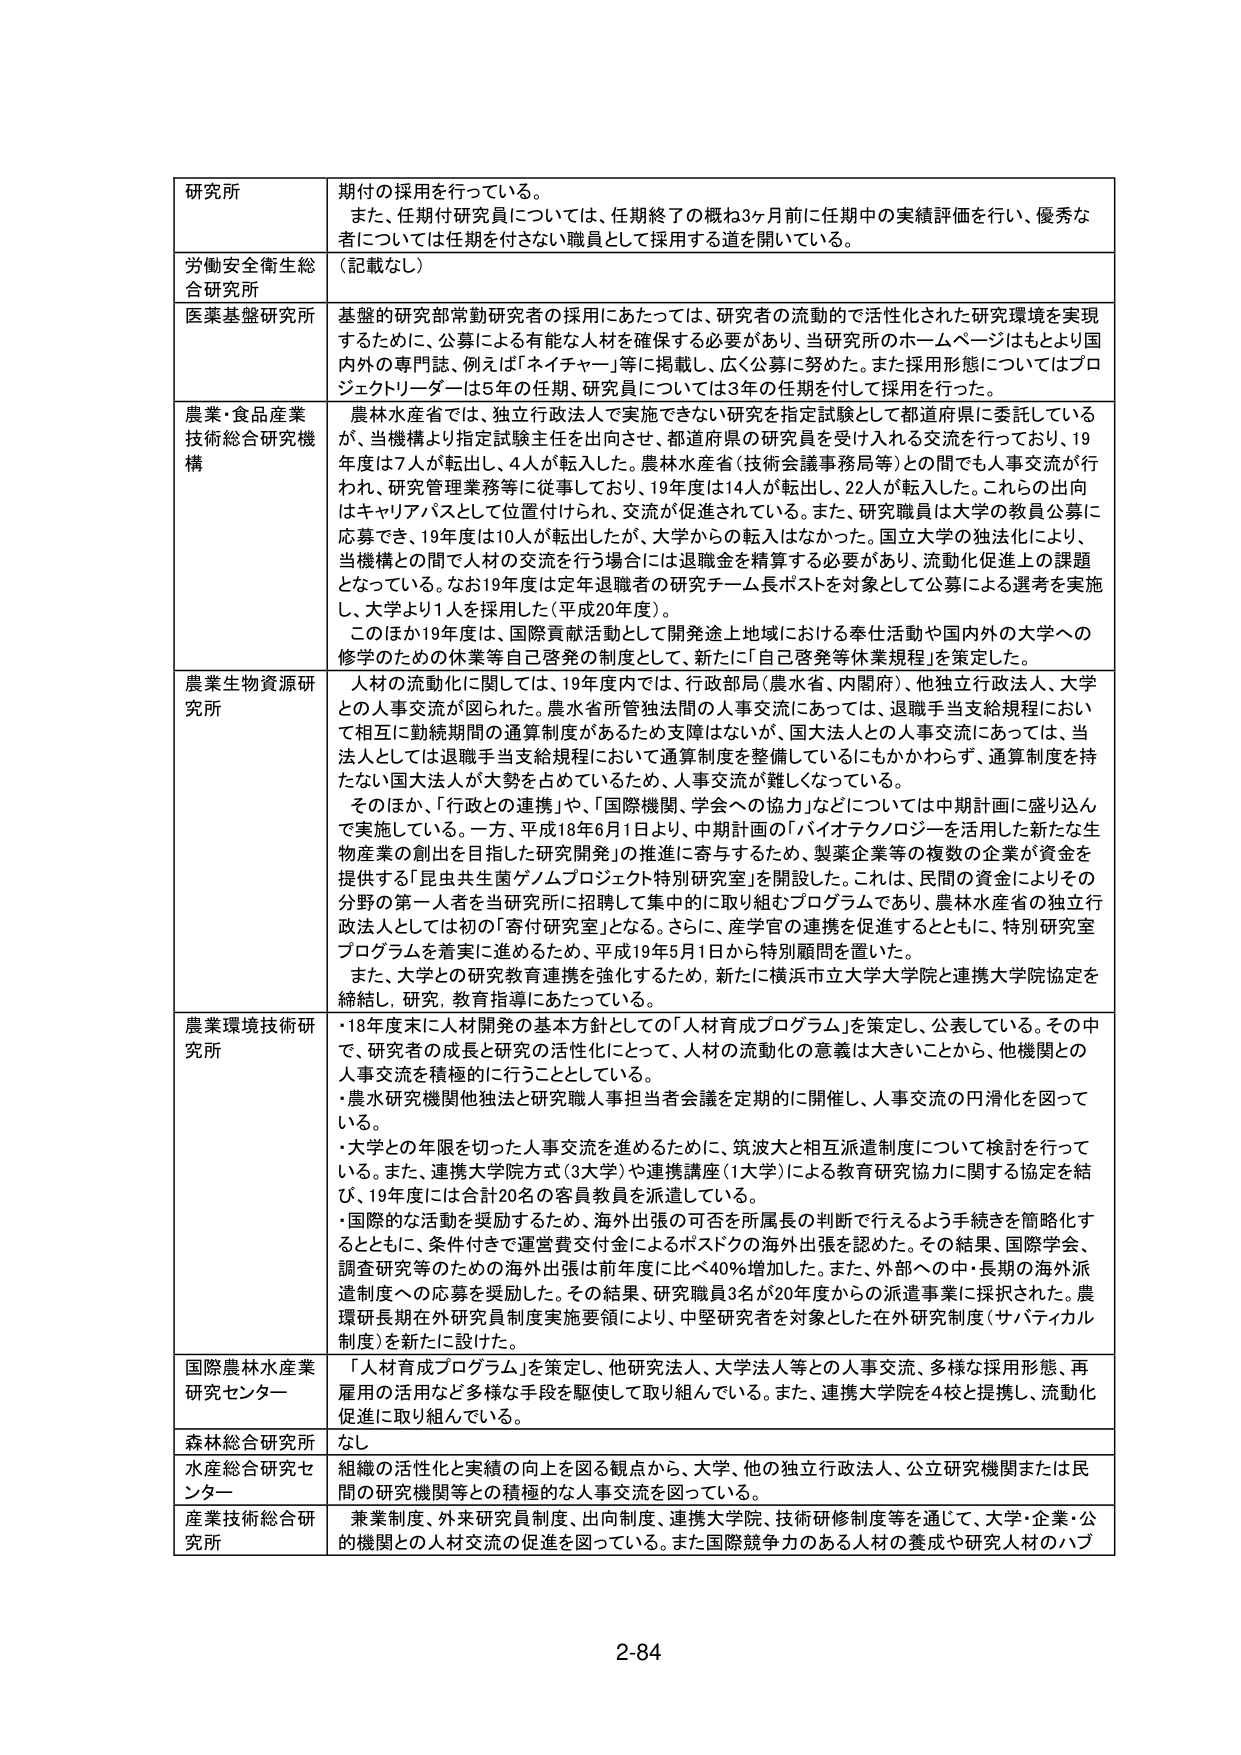
研究所 期待の採用を行っている。 また、任期付研究員については、任期終了の概ね3ヶ月前に任期中の実績評価を行い、優秀な者については任期を付さない職員として採用する道を開いている。 労働安全衛生総合研究所 （記載なし） 医薬基盤研究所 基盤的研究部常勤研究者の採用にあたっては、研究者の流動的で活性化された研究環境を実現するために、公募による有能な人材を確保する必要があり、当研究所のホームページはもとより国内外の専門誌、例えば「ネイチャー」等に掲載し、広く公募に努めた。また採用形態についてはプロジェクトリーダーは5年の任期、研究員については3年の任期を付して採用を行った。 農業・食品産業技術総合研究機構 農林水産省では、独立行政法人で実施できない研究を指定試験として都道府県に委託しているが、当機構より指定試験主任を出向させ、都道府県の研究員を受け入れる交流を行っており、19年度は7人が転出し、4人が転入した。農林水産省（技術会議事務局等）との間でも人事交流が行われ、研究管理業務等に従事しており、19年度は14人が転出し、22人が転入した。これらの出向はキャリアパスとして位置付けられ、交流が促進されている。また、研究職員は大学の教員公募に応募でき、19年度は10人が転出したが、大学からの転入はなかった。国立大学の独立化により、当機構との間で人材の交流を行う場合には退職金を精算する必要があり、流動化促進上の課題となっている。なお19年度は定年退職者の研究チーム長ポストを対象として公募による選考を実施し、大学より1人を採用した（平成20年度）。 このほか19年度は、国際貢献活動として開発途上地域における奉仕活動や国内外の大学への修学のための休業等自己啓発の制度として、新たに「自己啓発等休業規程」を策定した。 農業生物資源研究所 人材の流動化に関しては、19年度内では、行政部局（農水省、内閣府）、他独立行政法人、大学との人事交流が図られた。農水省所管独法間の人事交流にあっては、退職手当支給規程において相互に勤続期間の通算制度があるため支障はないが、国大法人との人事交流にあっては、当法人としては退職手当支給規程において通算制度を整備しているにもかかわらず、通算制度を持たない国大法人が大勢を占めているため、人事交流が難しくなっている。 そのほか、「行政との連携」や、「国際機関、学会への協力」などについては中期計画に盛り込んで実施している。一方、平成18年6月1日より、中期計画の「バイオテクノロジーを活用した新たな生物産業の創出を目指した研究開発」の推進に寄与するため、製薬企業等の複数の企業が資金を提供する「昆虫共生菌ゲノムプロジェクト特別研究室」を開設した。これは、民間の資金によりその分野の第一人者を当研究所に招聘して集中的に取り組むプログラムであり、農林水産省の独立行政法人としては初の「寄付研究室」となる。さらに、産学官の連携を促進するとともに、特別研究室プログラムを着実に進めるため、平成19年5月1日から特別顧問を置いた。 また、大学との研究教育連携を強化するため、新たに横浜市立大学大学院と連携大学院協定を締結し、研究、教育指導にあたっている。 農業環境技術研究所 ・18年度末に人材開発の基本方針としての「人材育成プログラム」を策定し、公表している。その中で、研究者の成長と研究の活性化にとって、人材の流動化の意義は大きいことから、他機関との人事交流を積極的に行うこととしている。 ・農水研究機関他独法と研究職人事担当者会議を定期的に開催し、人事交流の円滑化を図っている。 ・大学との年限を切った人事交流を進めるために、筑波大と相互派遣制度について検討を行っている。また、連携大学院方式（3大学）や連携講座（1大学）による教育研究協力に関する協定を結び、19年度には合計20名の客員教員を派遣している。 ・国際的な活動を奨励するため、海外出張の可否を所属長の判断で行えるよう手続きを簡略化するとともに、条件付きで運営費交付金によるポストドクの海外出張を認めた。その結果、国際学会、調査研究等のための海外出張は前年度に比べ40％増加した。また、外部への中・長期の海外派遣制度への応募を奨励した。その結果、研究職員3名が20年度からの派遣事業に採択された。農環研長期在外研究員制度実施要領により、中堅研究者を対象とした在外研究制度（サバティカル制度）を新たに設けた。 国際農林水産業研究センター 「人材育成プログラム」を策定し、他研究法人、大学法人等との人事交流、多様な採用形態、再雇用の活用など多様な手段を駆使して取り組んでいる。また、連携大学院を4校と提携し、流動化促進に取り組んでいる。 森林総合研究所 なし 水産総合研究センター 組織の活性化と実績の向上を図る観点から、大学、他の独立行政法人、公立研究機関または民間の研究機関等との積極的な人事交流を図っている。 産業技術総合研究所 兼業制度、外来研究員制度、出向制度、連携大学院、技術研修制度等を通じて、大学・企業・公的機関との人事交流の促進を図っている。また国際競争力のある人材の養成や研究人材のハブ 2-84